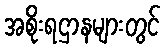
အစိုးရဌာနများတွင်